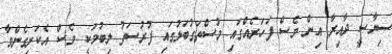
ސިޔާސީ ދާއިރާ އިން ވެސް ފަހަރެއްގައި މުސްތަގުބަލުގައި ފުރުސަތު ލިބުމަކީ ވެސް އެކަށީގެންވާ